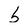
Character: 5